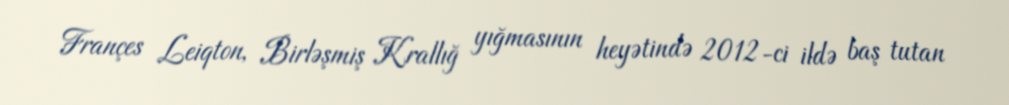
Françes Leiqton, Birləşmiş Krallığ yığmasının heyətində 2012-ci ildə baş tutan